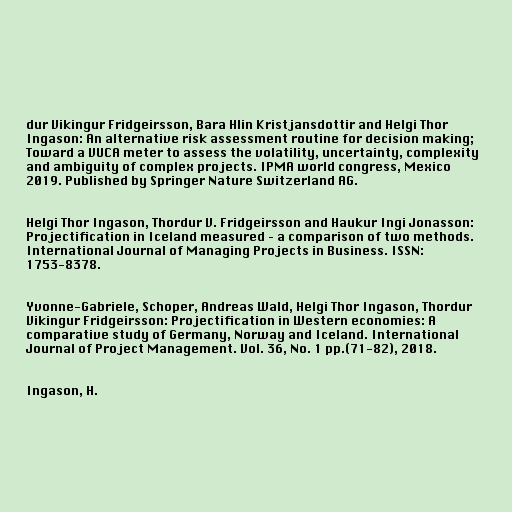
dur Vikingur Fridgeirsson, Bara Hlin Kristjansdottir and Helgi Thor
Ingason: An alternative risk assessment routine for decision making;
Toward a VUCA meter to assess the volatility, uncertainty, complexity
and ambiguity of complex projects. IPMA world congress, Mexico
2019. Published by Springer Nature Switzerland AG.

Helgi Thor Ingason, Thordur V. Fridgeirsson and Haukur Ingi Jonasson:
Projectification in Iceland measured – a comparison of two methods.
International Journal of Managing Projects in Business. ISSN:
1753-8378.

Yvonne-Gabriele, Schoper, Andreas Wald, Helgi Thor Ingason, Thordur
Vikingur Fridgeirsson: Projectification in Western economies: A
comparative study of Germany, Norway and Iceland. International
Journal of Project Management. Vol. 36, No. 1 pp.(71-82), 2018.

Ingason, H.